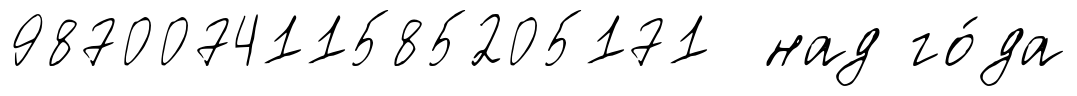
987007411585205171 над го́да